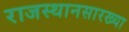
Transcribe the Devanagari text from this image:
राजस्थानसारख्या